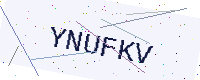
Text: YNUFKV